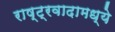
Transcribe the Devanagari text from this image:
राष्ट्रवादामध्ये